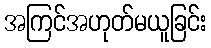
အကြင်အဟုတ်မယူခြင်း